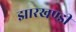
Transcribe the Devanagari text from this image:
झारखण्‍डी